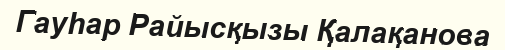
Гауһар Райысқызы Қалақанова